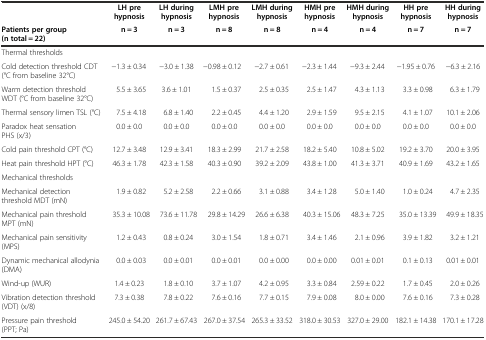
<table><thead><tr><td></td><td><b>LH pre hypnosis</b></td><td><b>LH during hypnosis</b></td><td><b>LMH pre hypnosis</b></td><td><b>LMH during hypnosis</b></td><td><b>HMH pre hypnosis</b></td><td><b>HMH during hypnosis</b></td><td><b>HH pre hypnosis</b></td><td><b>HH during hypnosis</b></td></tr><tr><td><b>Patients per group (n total = 22)</b></td><td><b>n = 3</b></td><td><b>n = 3</b></td><td><b>n = 8</b></td><td><b>n = 8</b></td><td><b>n = 4</b></td><td><b>n = 4</b></td><td><b>n = 7</b></td><td><b>n = 7</b></td></tr></thead><tbody><tr><td>Thermal thresholds</td><td></td><td></td><td></td><td></td><td></td><td></td><td></td><td></td></tr><tr><td>Cold detection threshold CDT (°C from baseline 32°C)</td><td>-1.3 ± 0.34</td><td>-3.0 ± 1.38</td><td>-0.98 ± 0.12</td><td>-2.7 ± 0.61</td><td>-2.3 ± 1.44</td><td>-9.3 ± 2.44</td><td>-1.95 ± 0.76</td><td>-6.3 ± 2.16</td></tr><tr><td>Warm detection threshold WDT (°C from baseline 32°C)</td><td>5.5 ± 3.65</td><td>3.6 ± 1.01</td><td>1.5 ± 0.37</td><td>2.5 ± 0.35</td><td>2.5 ± 1.47</td><td>4.3 ± 1.13</td><td>3.3 ± 0.98</td><td>6.3 ± 1.79</td></tr><tr><td>Thermal sensory limen TSL (°C)</td><td>7.5 ± 4.18</td><td>6.8 ± 1.40</td><td>2.2 ± 0.45</td><td>4.4 ± 1.20</td><td>2.9 ± 1.59</td><td>9.5 ± 2.15</td><td>4.1 ± 1.07</td><td>10.1 ± 2.06</td></tr><tr><td>Paradox heat sensation PHS (x/3)</td><td>0.0 ± 0.0</td><td>0.0 ± 0.0</td><td>0.0 ± 0.0</td><td>0.0 ± 0.0</td><td>0.0 ± 0.0</td><td>0.0 ± 0.0</td><td>0.0 ± 0.0</td><td>0.0 ± 0.0</td></tr><tr><td>Cold pain threshold CPT (°C)</td><td>12.7 ± 3.48</td><td>12.9 ± 3.41</td><td>18.3 ± 2.99</td><td>21.7 ± 2.58</td><td>18.2 ± 5.40</td><td>10.8 ± 5.02</td><td>19.2 ± 3.70</td><td>20.0 ± 3.95</td></tr><tr><td>Heat pain threshold HPT (°C)</td><td>46.3 ± 1.78</td><td>42.3 ± 1.58</td><td>40.3 ± 0.90</td><td>39.2 ± 2.09</td><td>43.8 ± 1.00</td><td>41.3 ± 3.71</td><td>40.9 ± 1.69</td><td>43.2 ± 1.65</td></tr><tr><td>Mechanical thresholds</td><td></td><td></td><td></td><td></td><td></td><td></td><td></td><td></td></tr><tr><td>Mechanical detection threshold MDT (mN)</td><td>1.9 ± 0.82</td><td>5.2 ± 2.58</td><td>2.2 ± 0.66</td><td>3.1 ± 0.88</td><td>3.4 ± 1.28</td><td>5.0 ± 1.40</td><td>1.0 ± 0.24</td><td>4.7 ± 2.35</td></tr><tr><td>Mechanical pain threshold MPT (mN)</td><td>35.3 ± 10.08</td><td>73.6 ± 11.78</td><td>29.8 ± 14.29</td><td>26.6 ± 6.38</td><td>40.3 ± 15.06</td><td>48.3 ± 7.25</td><td>35.0 ± 13.39</td><td>49.9 ± 18.35</td></tr><tr><td>Mechanical pain sensitivity (MPS)</td><td>1.2 ± 0.43</td><td>0.8 ± 0.24</td><td>3.0 ± 1.54</td><td>1.8 ± 0.71</td><td>3.4 ± 1.46</td><td>2.1 ± 0.96</td><td>3.9 ± 1.82</td><td>3.2 ± 1.21</td></tr><tr><td>Dynamic mechanical allodynia (DMA)</td><td>0.0 ± 0.03</td><td>0.0 ± 0.01</td><td>0.0 ± 0.01</td><td>0.0 ± 0.00</td><td>0.0 ± 0.00</td><td>0.01 ± 0.01</td><td>0.1 ± 0.13</td><td>0.01 ± 0.01</td></tr><tr><td>Wind-up (WUR)</td><td>1.4 ± 0.23</td><td>1.8 ± 0.10</td><td>3.7 ± 1.07</td><td>4.2 ± 0.95</td><td>3.3 ± 0.84</td><td>2.59 ± 0.22</td><td>1.7 ± 0.45</td><td>2.0 ± 0.26</td></tr><tr><td>Vibration detection threshold (VDT) (x/8)</td><td>7.3 ± 0.38</td><td>7.8 ± 0.22</td><td>7.6 ± 0.16</td><td>7.7 ± 0.15</td><td>7.9 ± 0.08</td><td>8.0 ± 0.00</td><td>7.6 ± 0.16</td><td>7.3 ± 0.28</td></tr><tr><td>Pressure pain threshold (PPT; Pa)</td><td>245.0 ± 54.20</td><td>261.7 ± 67.43</td><td>267.0 ± 37.54</td><td>265.3 ± 33.52</td><td>318.0 ± 30.53</td><td>327.0 ± 29.00</td><td>182.1 ± 14.38</td><td>170.1 ± 17.28</td></tr></tbody></table>